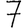
Digit: 7